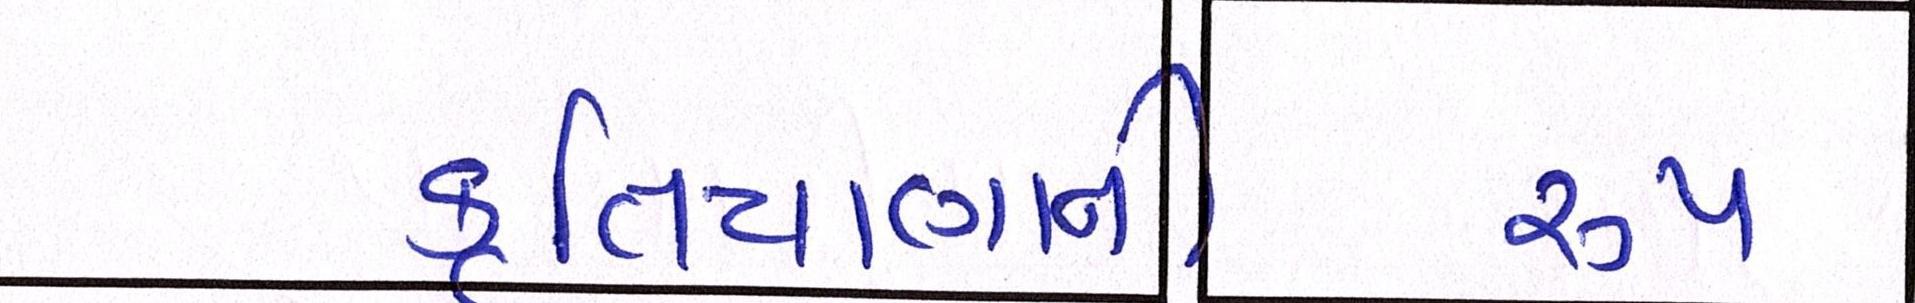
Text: કુતિયાણાની